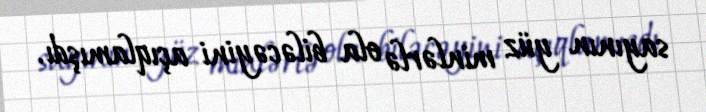
sayının yüz minlərlə ola biləcəyini açıqlamışdı.